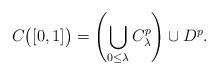
LaTeX: \begin{align*}C\big([0,1]\big)=\left(\bigcup_{0\leq\lambda}C_{\lambda}^{p}\right)\cup D^{p}.\end{align*}